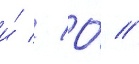
и́ // О́ //